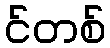
င်တစ်